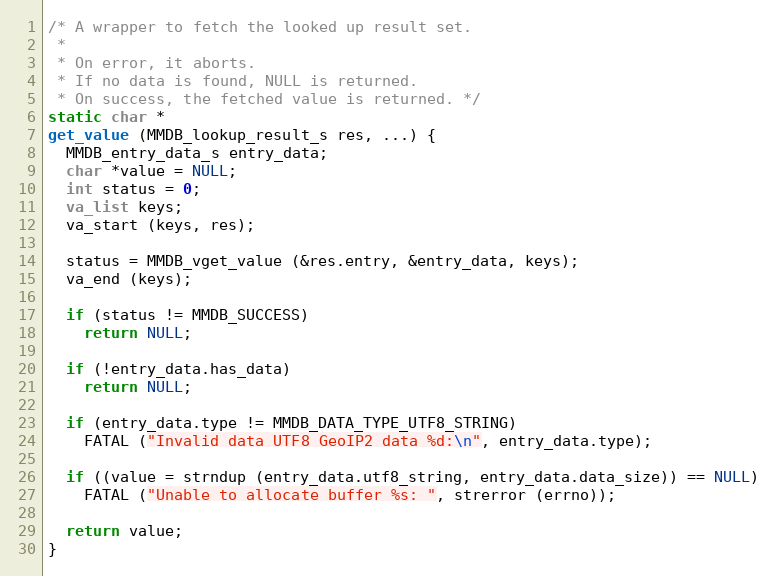
Language: C
/* A wrapper to fetch the looked up result set.
 *
 * On error, it aborts.
 * If no data is found, NULL is returned.
 * On success, the fetched value is returned. */
static char *
get_value (MMDB_lookup_result_s res, ...) {
  MMDB_entry_data_s entry_data;
  char *value = NULL;
  int status = 0;
  va_list keys;
  va_start (keys, res);

  status = MMDB_vget_value (&res.entry, &entry_data, keys);
  va_end (keys);

  if (status != MMDB_SUCCESS)
    return NULL;

  if (!entry_data.has_data)
    return NULL;

  if (entry_data.type != MMDB_DATA_TYPE_UTF8_STRING)
    FATAL ("Invalid data UTF8 GeoIP2 data %d:\n", entry_data.type);

  if ((value = strndup (entry_data.utf8_string, entry_data.data_size)) == NULL)
    FATAL ("Unable to allocate buffer %s: ", strerror (errno));

  return value;
}